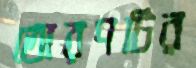
তোরণটির